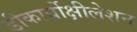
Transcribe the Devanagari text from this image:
डीकार्बोक्षीलेशन